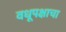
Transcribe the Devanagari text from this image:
वधूपक्षाचा